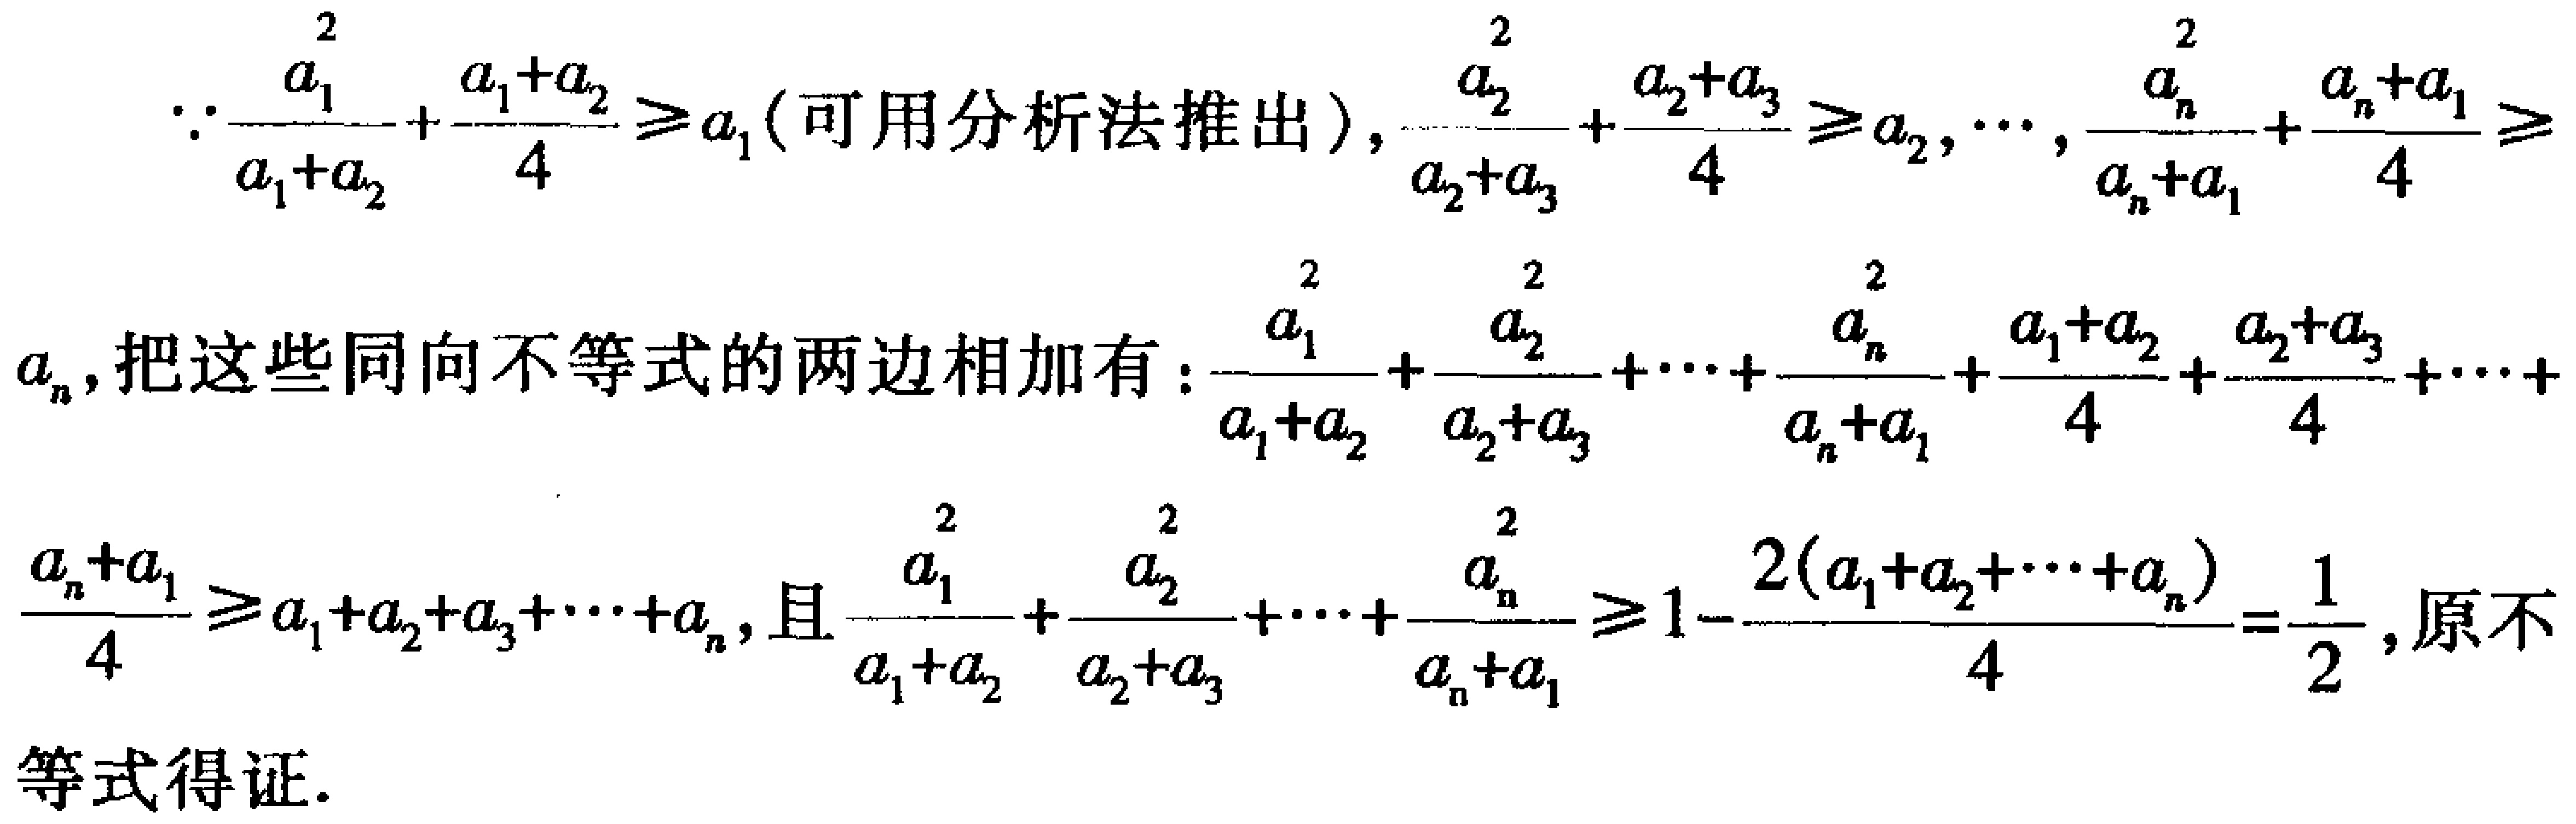
\(\because\frac{a_{1}^{2}}{a_{1} + a_{2}}+\frac{a_{1}+a_{2}}{4}\geq a_{1}(\text{可用分析法推出}),\frac{a_{2}^{2}}{a_{2}+a_{3}}+\frac{a_{2}+a_{3}}{4}\geq a_{2},\cdots,\frac{a_{n}^{2}}{a_{n}+a_{1}}+\frac{a_{n}+a_{1}}{4}\geq a_{n},\)

把这些同向不等式的两边相加有：\(\frac{a_{1}^{2}}{a_{1}+a_{2}}+\frac{a_{2}^{2}}{a_{2}+a_{3}}+\cdots+\frac{a_{n}^{2}}{a_{n}+a_{1}}+\frac{a_{1}+a_{2}}{4}+\frac{a_{2}+a_{3}}{4}+\cdots+\frac{a_{n}+a_{1}}{4}\geq a_{1}+a_{2}+a_{3}+\cdots+a_{n},\)且\(\frac{a_{1}^{2}}{a_{1}+a_{2}}+\frac{a_{2}^{2}}{a_{2}+a_{3}}+\cdots+\frac{a_{n}^{2}}{a_{n}+a_{1}}\geq 1-\frac{2(a_{1}+a_{2}+\cdots+a_{n})}{4}=\frac{1}{2},\)原不等式得证.